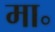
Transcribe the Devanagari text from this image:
मा॰